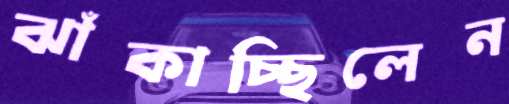
ঝাঁকাচ্ছিলেন